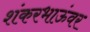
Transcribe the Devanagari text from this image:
शंकरभाऊंवर